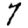
Digit: 7